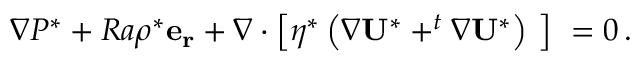
\nabla P ^ { * } + R a \rho ^ { * } \mathbf { e _ { r } } + \nabla \cdot \left[ \eta ^ { * } \left( \nabla \mathbf { U ^ { * } } + ^ { t } \nabla \mathbf { U ^ { * } } \right) \ \right] \ = 0 \, .